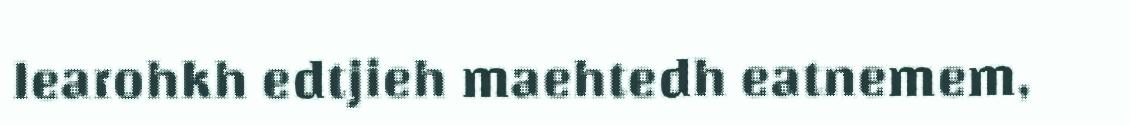
learohkh edtjieh maehtedh eatnemem,